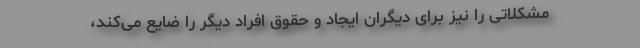
مشکلاتی را نیز برای دیگران ایجاد و حقوق افراد دیگر را ضایع می‌کند،